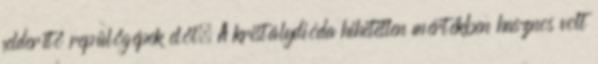
felderítő repülőgépek elől. A kristálydióda hihetetlen mértékben hasznos volt